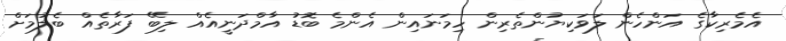
އެމެރިކާގެ އަންހެން ލަވަކިޔުުންތެރިން ހިމަނައިން އެންމެ ބޮޑު އާމްދަނީއެއް ލިބޭ ފަރާތެއް ބެލުމަށް